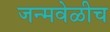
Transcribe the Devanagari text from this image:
जन्मवेळीच